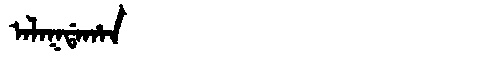
Manchu: ᠠᠯᠠᡴᡩᠠᡥᠠᠨ
Romanization: ALAKDAHAN